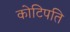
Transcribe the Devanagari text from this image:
कोटिपति